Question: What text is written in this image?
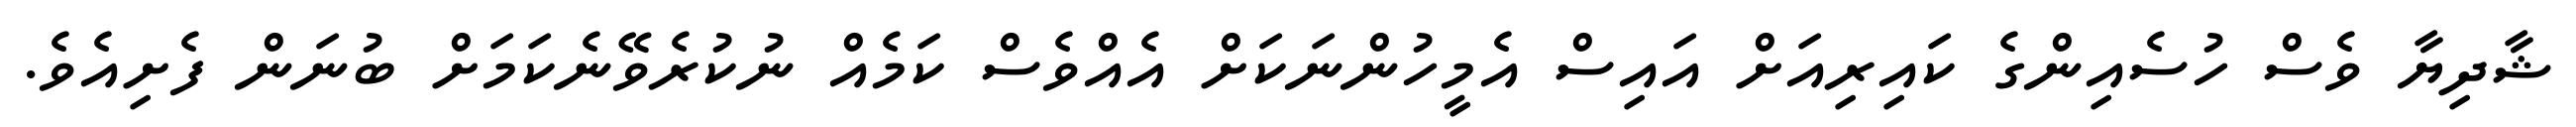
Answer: ޝާދިޔާ ވެސް ހުސެއިންގެ ކައިރިއަށް އައިސް އެމީހުންނަކަށް އެއްވެސް ކަމެއް ނުކުރެވޭނެކަމަށް ބުނަން ފެށިއެވެ.